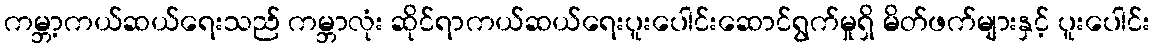
ကမ္ဘာ့ကယ်ဆယ်ရေးသည် ကမ္ဘာလုံး ဆိုင်ရာကယ်ဆယ်ရေးပူးပေါင်းဆောင်ရွက်မှုရှိ မိတ်ဖက်များနှင့် ပူးပေါင်း